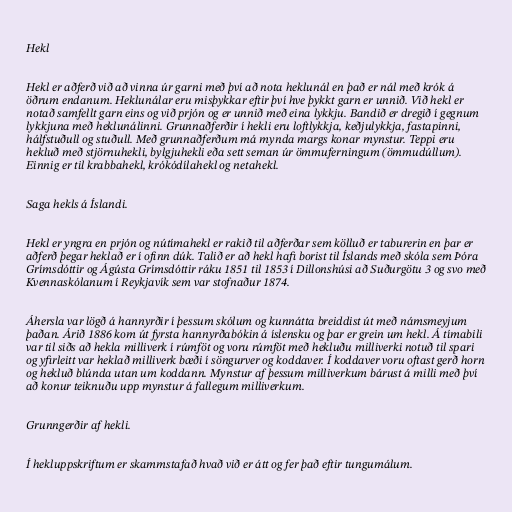
Hekl

Hekl er aðferð við að vinna úr garni með því að nota heklunál en það er nál með krók á
öðrum endanum. Heklunálar eru misþykkar eftir því hve þykkt garn er unnið. Við hekl er
notað samfellt garn eins og við prjón og er unnið með eina lykkju. Bandið er dregið í gegnum
lykkjuna með heklunálinni. Grunnaðferðir í hekli eru loftlykkja, keðjulykkja, fastapinni,
hálfstuðull og stuðull. Með grunnaðferðum má mynda margs konar mynstur. Teppi eru
hekluð með stjörnuhekli, bylgjuhekli eða sett seman úr ömmuferningum (ömmudúllum).
Einnig er til krabbahekl, krókódílahekl og netahekl.

Saga hekls á Íslandi.

Hekl er yngra en prjón og nútímahekl er rakið til aðferðar sem kölluð er taburerin en þar er
aðferð þegar heklað er í ofinn dúk. Talið er að hekl hafi borist til Íslands með skóla sem Þóra
Grímsdóttir og Ágústa Grímsdóttir ráku 1851 til 1853 í Dillonshúsi að Suðurgötu 3 og svo með
Kvennaskólanum í Reykjavík sem var stofnaður 1874.

Áhersla var lögð á hannyrðir í þessum skólum og kunnátta breiddist út með námsmeyjum
þaðan. Árið 1886 kom út fyrsta hannyrðabókin á íslensku og þar er grein um hekl. Á tímabili
var til siðs að hekla milliverk í rúmföt og voru rúmföt með hekluðu milliverki notuð til spari
og yfirleitt var heklað milliverk bæði í söngurver og koddaver. Í koddaver voru oftast gerð horn
og hekluð blúnda utan um koddann. Mynstur af þessum milliverkum bárust á milli með því
að konur teiknuðu upp mynstur á fallegum milliverkum.

Grunngerðir af hekli.

Í hekluppskriftum er skammstafað hvað við er átt og fer það eftir tungumálum.